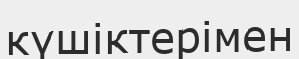
күшіктерімен